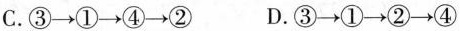
C.③- ② D.③→①→②→④